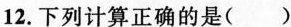
12.下列计算正确的是()